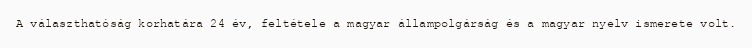
A választhatóság korhatára 24 év, feltétele a magyar állampolgárság és a magyar nyelv ismerete volt.